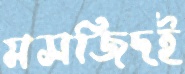
মসজিদই